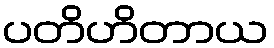
ပတိဟိတာယ